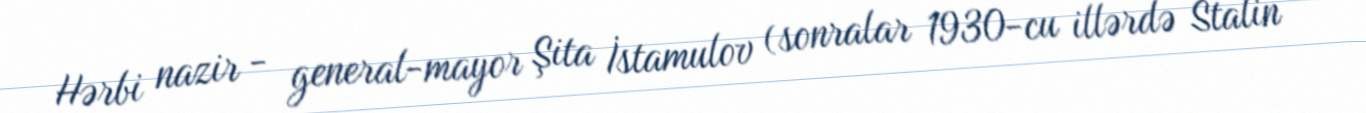
Hərbi nazir - general-mayor Şita İstamulov (sonralar 1930-cu illərdə Stalin